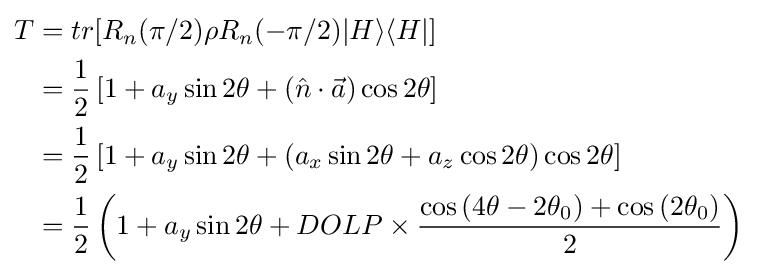
{\begin{aligned}T&=tr[R_{n}(\pi /2)\rho R_{n}(-\pi /2)|H\rangle \langle H|]\\&={\frac {1}{2}}\left[1+a_{y}\sin {2\theta }+({\hat {n}}\cdot {\vec {a}})\cos {2\theta }\right]\\&={\frac {1}{2}}\left[1+a_{y}\sin {2\theta }+(a_{x}\sin {2\theta }+a_{z}\cos {2\theta })\cos {2\theta }\right]\\&={\frac {1}{2}}\left(1+a_{y}\sin {2\theta }+DOLP\times {\frac {\cos {(4\theta -2\theta _{0})}+\cos {(2\theta _{0})}}{2}}\right)\end{aligned}}